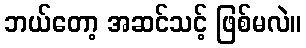
ဘယ်တော့ အဆင်သင့် ဖြစ်မလဲ။